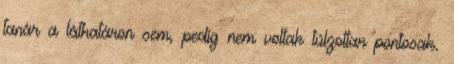
tanár a láthatáron sem, pedig nem voltak túlzottan pontosak.